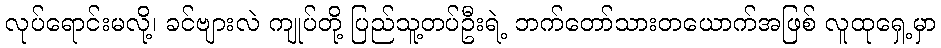
လုပ်ရောင်းမလို့၊ ခင်ဗျားလဲ ကျုပ်တို့ ပြည်သူ့တပ်ဦးရဲ့ ဘက်တော်သားတယောက်အဖြစ် လူထုရှေ့မှာ